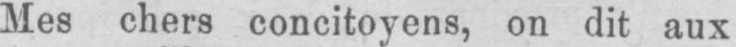
Mes chers concitoyens, on dit aux